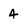
Character: 4